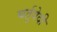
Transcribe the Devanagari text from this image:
चर्तुवेदी